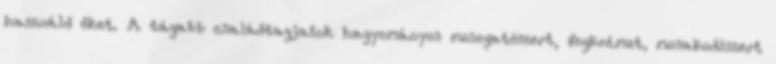
használd őket. A tágabb családtagjaink hagyományos mosogatószert, fogkrémet, mosakodószert